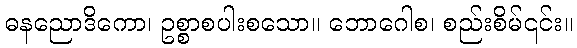
ဓနညောဒိကော၊ ဥစ္စာစပါးစသော။ ဘောဂေါစ၊ စည်းစိမ်၎င်း။